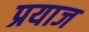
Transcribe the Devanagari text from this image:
प्रयाज